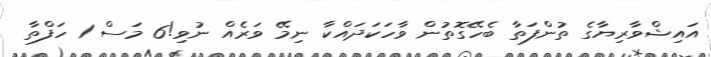
އައިޝްވާރިޔާގެ ތުންފަތާ ބެހޭގޮތުން ވާހަކަދައްކާ ނިމޭ ވަރެއް ނުވި!6 މަސް 1 ހަފްތާ